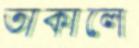
তাকালে